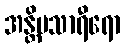
အန္တိမသာရီရော